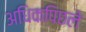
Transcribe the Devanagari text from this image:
अधिकपिछले